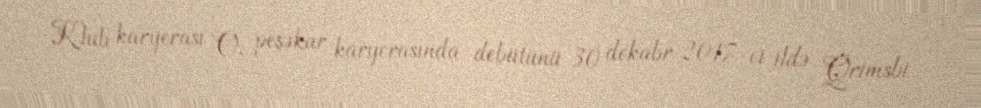
Klub karyerası O, peşəkar karyerasında debütünü 30 dekabr 2017-ci ildə Qrimsbi